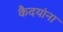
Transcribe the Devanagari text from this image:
कैदयांना